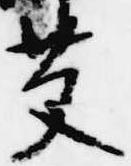
艾